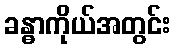
ခန္ဓာကိုယ်အတွင်း